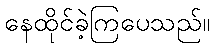
နေထိုင်ခဲ့ကြပေသည်။